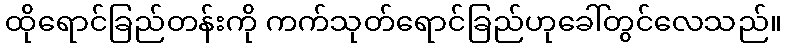
ထိုရောင်ခြည်တန်းကို ကက်သုတ်ရောင်ခြည်ဟုခေါ်တွင်လေသည်။